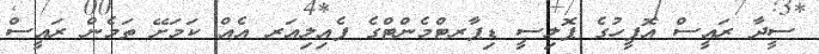
ސީދާ ރައީސް އޮފީހުގެ ޕޮލިސީ ޑިޕާރޓްމެންޓްގެ ފެއިލިއަރ އެއް ކަމަށޭ ތަމެން ރައީސް